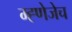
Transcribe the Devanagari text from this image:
म्ह्णेजेच